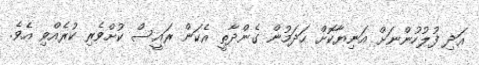
އަދި ފުލުހުންނަށް އަނިޔާކޮށް ހަދަމުން ގެންދާތީ އެކަން ރައީސް ކުށްވެރި ކުރެއްވި އެވެ.